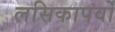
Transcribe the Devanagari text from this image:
लसिकापर्वों